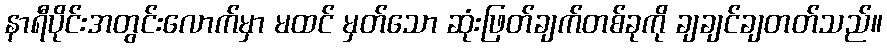
နာရီပိုင်းအတွင်းလောက်မှာ မထင် မှတ်သော ဆုံးဖြတ်ချက်တစ်ခုကို ချချင်ချတတ်သည်။